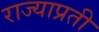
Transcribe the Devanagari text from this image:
राज्याप्रती